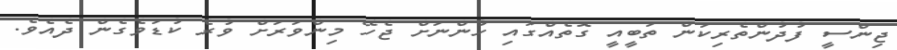
ޖިންސީ ފުދުންތެރިކަން ތަބީއީ ގޮތެއްގައި ހުންނަށް ޖެހޭ މިންވަރަށް ވުރެ ކުޑަވެގެން ދެއެވެ.